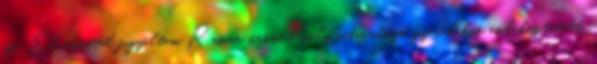
az. Élvezettel figyeltem Raman örömét mely játszadozó gyerekekre emlékeztetett,